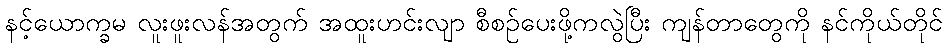
နင့်ယောက္ခမ လူးဖူးလန်အတွက် အထူးဟင်းလျာ စီစဉ်ပေးဖို့ကလွဲပြီး ကျန်တာတွေကို နင်ကိုယ်တိုင်